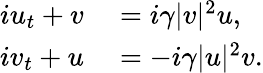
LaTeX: \begin{array}{rl}{iu_{t}+v}&{{}=i\gamma|v|^{2}u,}\\ {iv_{t}+u}&{{}=-i\gamma|u|^{2}v.}\end{array}